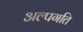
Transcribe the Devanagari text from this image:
अल्पगति